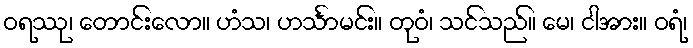
ဝရဿု၊ တောင်းလော။ ဟံသ၊ ဟင်္သာမင်း။ တုဝံ၊ သင်သည်။ မေ၊ ငါအား။ ဝရံ၊